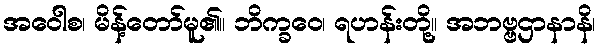
အဝေါစ၊ မိန့်တော်မူ၏။ ဘိက္ခဝေ၊ ရဟန်းတို့။ အဘဗ္ဗဌာနာနိ၊